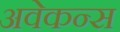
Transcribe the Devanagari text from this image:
अवेकन्स